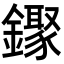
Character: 𬬒